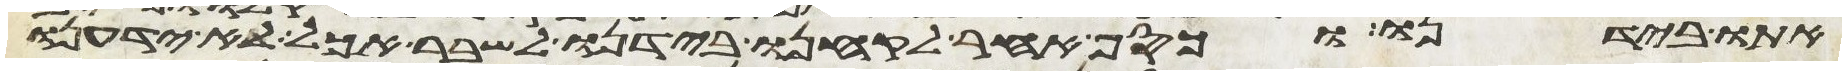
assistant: אתו בידנו וכסף אחר לקחנו בידנו לשבר אכל לא ידענו